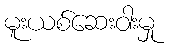
မူးယစ်ဆေးဝါးမှု